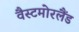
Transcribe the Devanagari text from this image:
वैस्टमोरलैंड